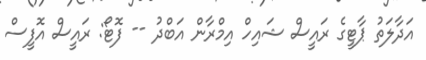
އަދާލަތު ޕާޓީގެ ރައީސް ޝައިހް އިމްރާން އަބްދު -- ފޮޓޯ: ރައީސް އޮފީސް